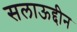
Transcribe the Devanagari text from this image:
सलाऊद्दीन